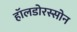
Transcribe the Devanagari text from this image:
हॉलडोरस्सोन